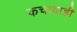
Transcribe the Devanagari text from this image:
कचावाही